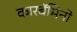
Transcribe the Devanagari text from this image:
कारबॅमिनो